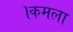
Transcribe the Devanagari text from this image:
।कमला